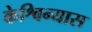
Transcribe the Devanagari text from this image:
केश्विन्यास